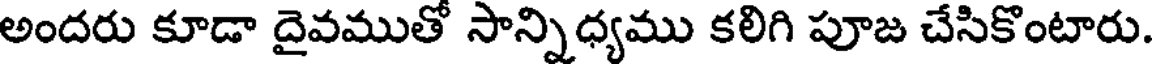
అందరు కూడా దైవముతో సాన్నిధ్యము కలిగి పూజ చేసికొంటారు.